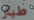
طيار